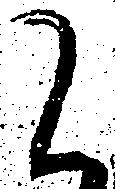
て